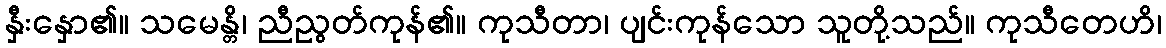
နှီးနှော၏။ သမေန္တိ၊ ညီညွတ်ကုန်၏။ ကုသီတာ၊ ပျင်းကုန်သော သူတို့သည်။ ကုသီတေဟိ၊